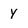
Character: y